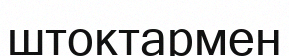
штоктармен